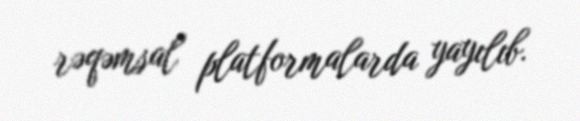
rəqəmsal platformalarda yayılıb.